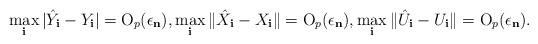
\begin{align*}\max_{\mathbf{i}}|\hat{Y}_{\mathbf{i}}-Y_{\mathbf{i}}|=\mathrm{O}_{p}(\epsilon_{\mathbf{n}}),\max_{\mathbf{i}}\|\hat{X}_{\mathbf{i}}-X_{\mathbf{i}}\|=\mathrm{O}_{p}(\epsilon_{\mathbf{n}}),\max_{\mathbf{i}}\|\hat{U}_{\mathbf{i}}-U_{\mathbf{i}}\|=\mathrm{O}_{p}(\epsilon_{\mathbf{n}}).\end{align*}